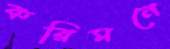
করিমনে